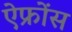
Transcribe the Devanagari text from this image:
ऐफ्रोंस